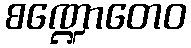
စဏ္ဍောတေဝ